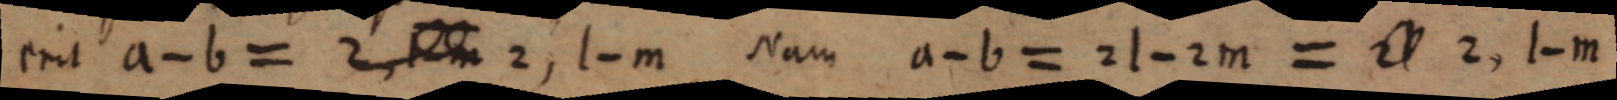
erit a - b= 2, _ 2, l - m Nam a - b = 2 I - 2 m = _ 2, I - m